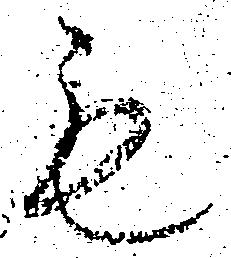
も